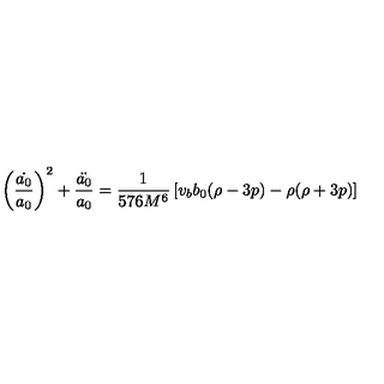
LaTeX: \left( \frac { \dot { a _ { 0 } } } { a _ { 0 } } \right) ^ { 2 } + \frac { \ddot { a _ { 0 } } } { a _ { 0 } } = \frac { 1 } { 5 7 6 M ^ { 6 } } \left[ v _ { b } b _ { 0 } ( \rho - 3 p ) - \rho ( \rho + 3 p ) \right]